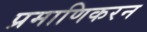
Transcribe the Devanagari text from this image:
प्रमाणिकरन